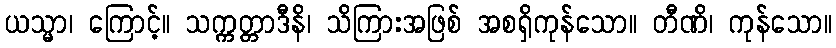
ယသ္မာ၊ ကြောင့်။ သက္ကတ္တာဒီနိ၊ သိကြားအဖြစ် အစရှိကုန်သော။ တီဏိ၊ ကုန်သော။